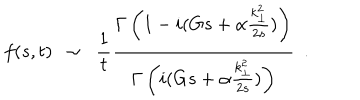
LaTeX: f ( s , t ) ~ ~ \sim ~ ~ { \frac { 1 } { t } } { \frac { \Gamma \left( 1 - i ( G s + \alpha { \frac { k _ { \perp } ^ { 2 } } { 2 s } } ) \right) } { \Gamma \left( i ( G s + \alpha { \frac { k _ { \perp } ^ { 2 } } { 2 s } } ) \right) } } ~ ~ .